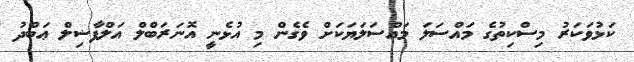
ކަޅުވަކަރު މިސްކިތުގެ މައްސަލަ މައްސަލަޔަކަށް ވެގެން މި އުޅެނީ އޮނަރަބްލް އަލްފާޟިލް ޢަބްދު